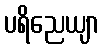
ပရိညေယျာ